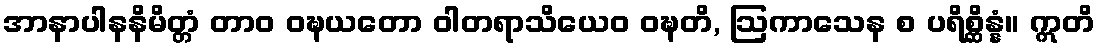
အာနာပါနနိမိတ္တံ တာဝ ဝဍ္ဎယတော ဝါတရာသိယေဝ ဝဍ္ဎတိ, ဩကာသေန စ ပရိစ္ဆိန္နံ။ ဣတိ